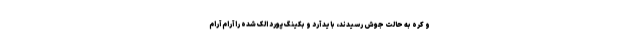
و کره به حالت جوش رسیدند، باید آرد و بکینگ پورد الک شده را آرام آرام